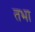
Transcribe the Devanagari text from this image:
तभा